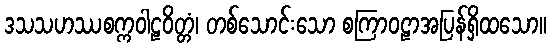
ဒသသဟဿစက္ကဝါဠဝိတ္တံ၊ တစ်သောင်းသော စကြာဝဠာအပြန်ရှိထသော။